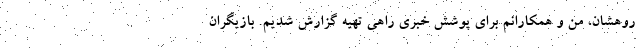
روهشان، من و همکارانم برای پوشش خبری راهی تهیه گزارش شدیم. بازیگران